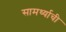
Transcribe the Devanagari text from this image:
सामर्थ्याची